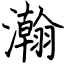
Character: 瀚